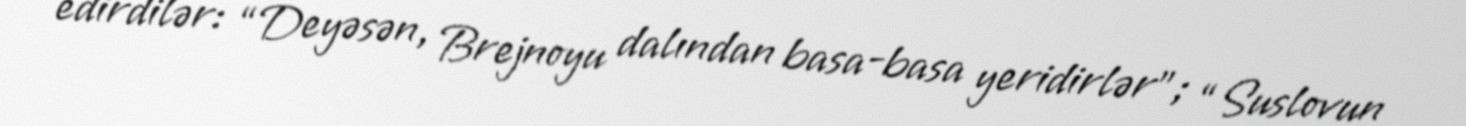
edirdilər: “Deyəsən, Brejnoyu dalından basa-basa yeridirlər”; “Suslovun